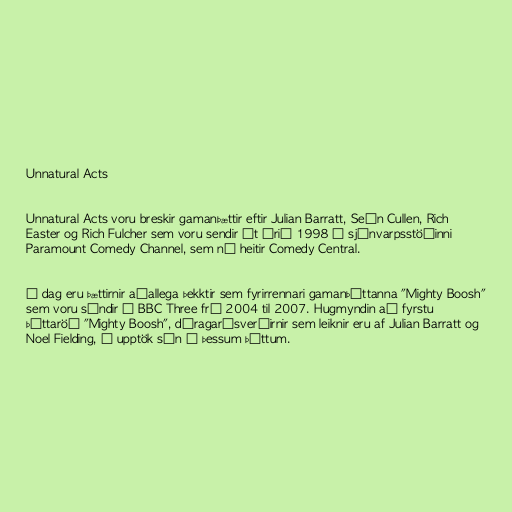
Unnatural Acts

Unnatural Acts voru breskir gamanþættir eftir Julian Barratt, Seán Cullen, Rich
Easter og Rich Fulcher sem voru sendir út árið 1998 á sjónvarpsstöðinni
Paramount Comedy Channel, sem nú heitir Comedy Central.

Í dag eru þættirnir aðallega þekktir sem fyrirrennari gamanþáttanna "Mighty Boosh"
sem voru sýndir á BBC Three frá 2004 til 2007. Hugmyndin að fyrstu
þáttaröð "Mighty Boosh", dýragarðsverðirnir sem leiknir eru af Julian Barratt og
Noel Fielding, á upptök sín í þessum þáttum.